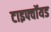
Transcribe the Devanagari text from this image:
टाइफ्वॉयड